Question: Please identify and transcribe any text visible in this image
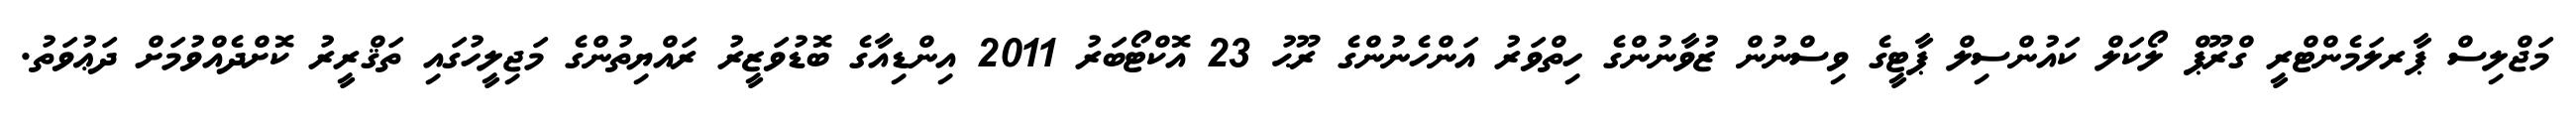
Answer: މަޖްލިސް ޕާރލަމެންޓްރީ ގްރޫޕް ލޯކަލް ކައުންސިލް ޕާޓީގެ ވިސްނުން ޒުވާނުންގެ ހިތްވަރު އަންހެނުންގެ ރޫޙު 23 އޮކްޓޯބަރު 2011 އިންޑިއާގެ ބޮޑުވަޒީރު ރައްޔިތުންގެ މަޖިލީހުގައި ތަޤްރީރު ކޮށްދެއްވުމަށް ދަޢުވަތު.